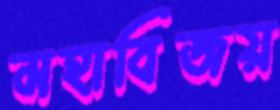
মহাবিজয়